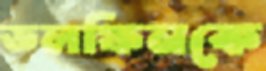
ডলফিনকে